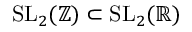
\mathrm { S L } _ { 2 } ( \mathbb { Z } ) \subset \mathrm { S L } _ { 2 } ( \mathbb { R } )